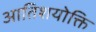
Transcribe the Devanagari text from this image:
आतिशयोक्ति